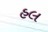
હલ